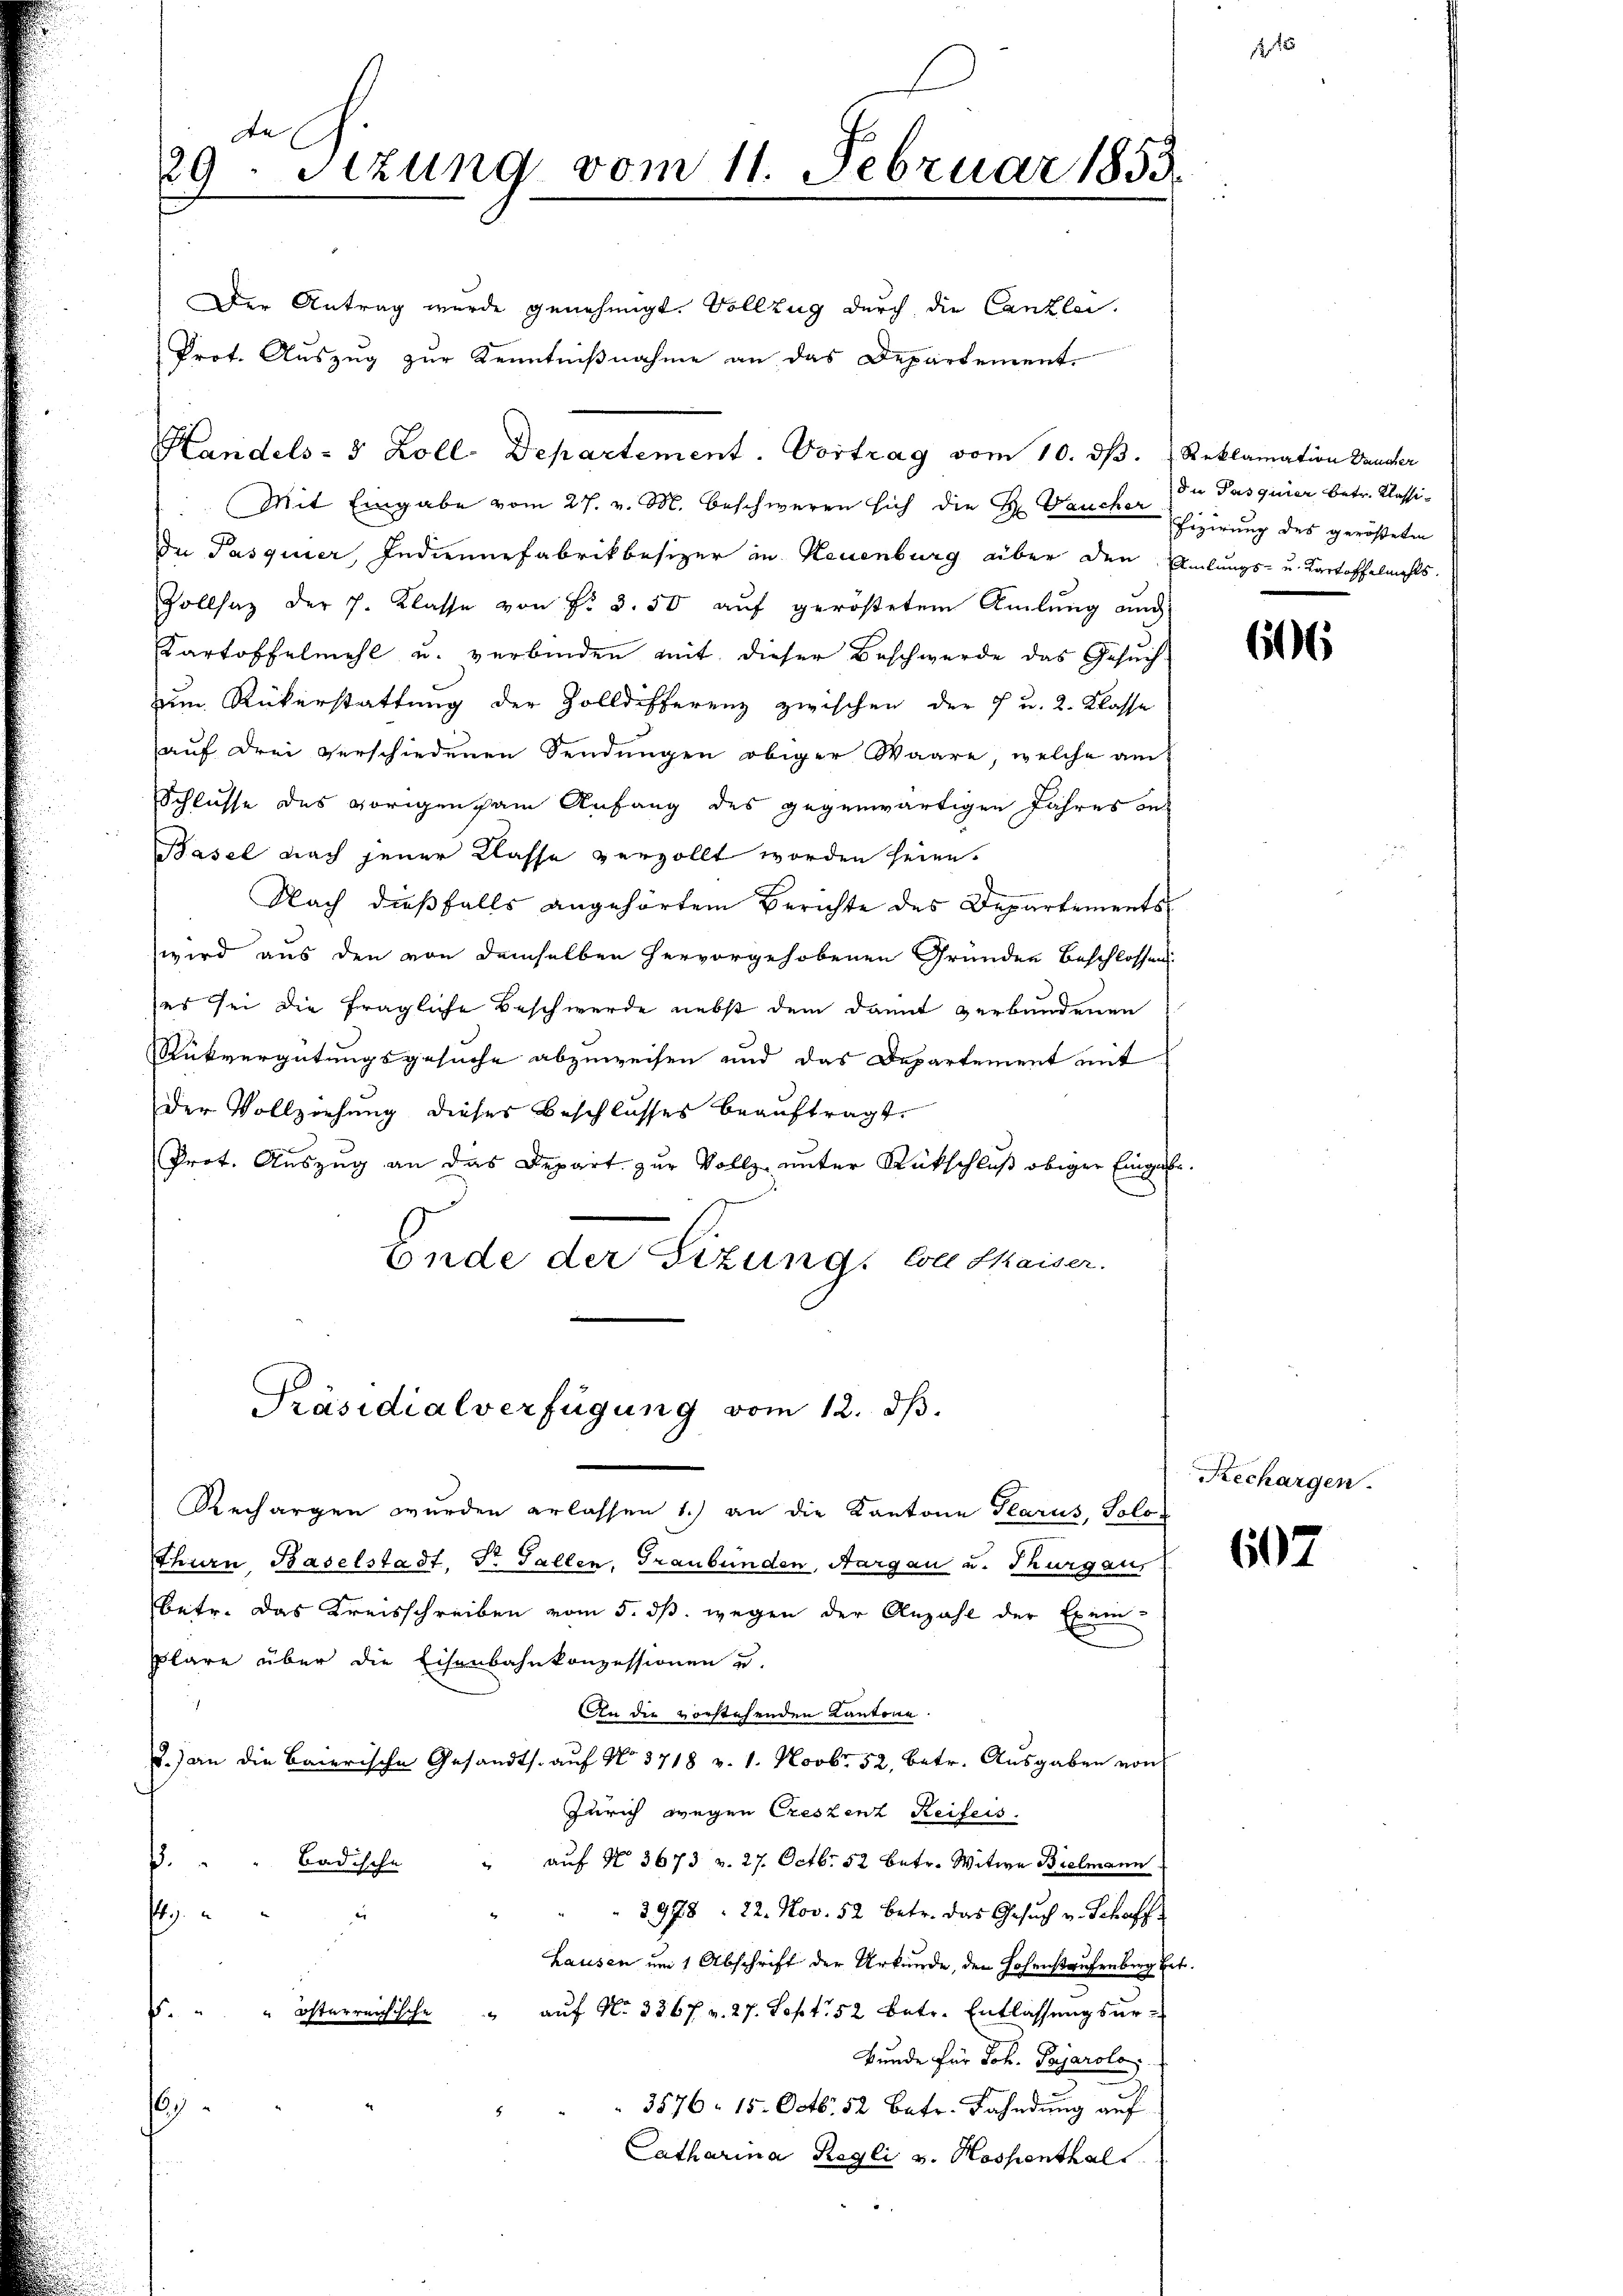
Der Antrag wurde genehmigt. Vollzug durch die Canzlei-
Prot. Auszug zur Kenntnißnahme an das Departement
Mit Eingabe vom 27. v. M. beschweren sich die H. Baucher Fixirung des gerösteten
De Pasquier, Indiennefabrikbesizer in Neuenburg aber den Amlungs- u. Kartoffelmehls.
Zollsaz der J. Klasse von Fr. 3. 50 auf geröstetem Amlung und
Kartoffelmehl u. verbinden mit dieser Beschwerde das Gesuch
um Rükerstattung der Zolldifferenz zwischen der 7 u. 2. Klasse
auf drei verschiedenen Sendungen obiger Waare, welche am
Schlüsse des vorigen am Anfang des gegenwärtigen Jahres on
Basel nach jener Klasse verzollt worden seien.
Nach dießfalls angehörtem Berichte des Departements
wird aus den von demselben hervorgehobenen Gründen Beschlossen
es sei die fragliche Beschwerde nebst dem damit verbundenen
Rükvergütungsgesuche abzuweisen und das Departement mit
der Vollziehung dieses Beschlusses beauftragt.
Prot. Auszug an das Depart zur Vollz unter Rückschluß obiger Eingabe.
Ende der Sizung, von Maiser.

de E
29 Stzung vom 11. Februar 1853.

Rechargen wurden erlassen 1.) an die Kantone Glarus, Solo-
thurn, Baselstadt, Dr Fallen, Graubünden, Aargau u. Thurgau,
betr. das Kreisschreiben vom 5. ds. wegen der Anzahl der Exem
plare über die Eisenbahnkonzessionen u.
An die vorstehenden Kantone.
d.) an die Baierische Gesandts. auf No 3718 v. 1. Novbr. 52, betr. Ausgaben von
Zürich wegen Creszenz Reifers.
" auf No 3673 v. 27. Octb. 52 betr. Witwe Bielmann
 " " Badische
2978, 22. Nov. 52 betr. das Gesuch v. Schaff
e
4
Lausen um 1 Abschrift der Urkunde, den Hohenstaufenberg hat.
. " " österreichische aŭf No 336 f. v. 27. Sept. 52 betr. Entlassŭngsŭr-
Bunde für Joh. Pajarolo,
.
3576. 15. Octb. 52. Betr. Fahndung auf
Catharina Regli v. Hospenthal

Handels- & Zoll-Departement. Vortrag vom 10. dβ.  Reklamation Bauder

Präsidialverfügung vom 12. ds.

die Pasquier betr. Klassi¬

6

Rechargen.

607